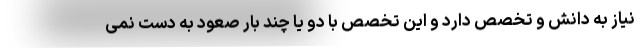
نیاز به دانش و تخصص دارد و این تخصص با دو یا چند بار صعود به دست نمی